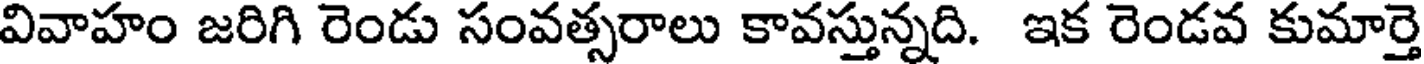
వివాహం జరిగి రెండు సంవత్సరాలు కావస్తున్నది. ఇక రెండవ కుమార్తె